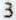
3